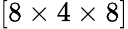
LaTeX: [8\times 4\times 8]